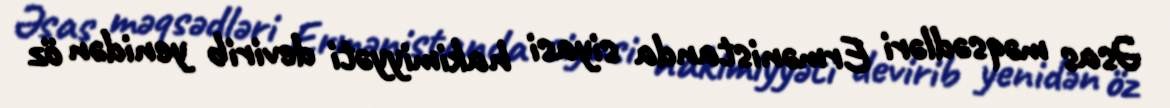
Əsas məqsədləri Ermənistanda siyasi hakimiyyəti devirib yenidən öz